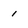
Character: 1